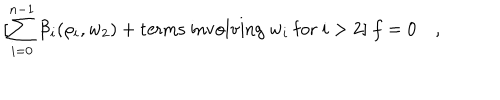
LaTeX: [ \sum _ { i = 0 } ^ { n - 1 } { \cal B } _ { i } ( \rho _ { i } , w _ { 2 } ) + \mathrm { t e r m s \ i n v o l v i n g \ } w _ { i } \mathrm { \ f o r \ } i > 2 ] \ f = 0 \quad ,